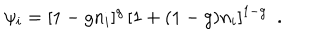
\psi _ { i } = [ 1 - g n _ { i } ] ^ { g } \, [ 1 + ( 1 - g ) n _ { i } ] ^ { 1 - g } \ \ .